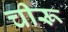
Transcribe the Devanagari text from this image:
चीरू